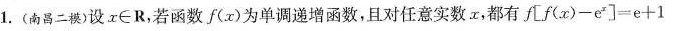
1.(南昌二模)设r∈R，若函数f(x)为单调递增函数，且对任意实数x，都有 $$f [ f ( x ) - e ^ { x } ] = e + 1$$